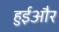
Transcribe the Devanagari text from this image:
हुईऔर